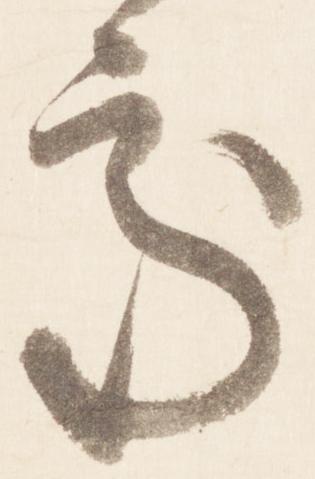
処